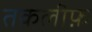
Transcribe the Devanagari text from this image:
तक़लीफ़